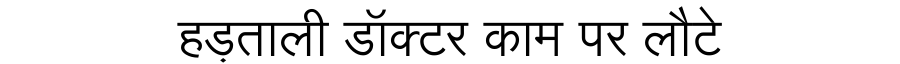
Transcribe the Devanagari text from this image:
हड़ताली डॉक्टर काम पर लौटे